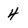
Character: 4